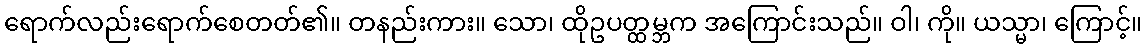
ရောက်လည်းရောက်စေတတ်၏။ တနည်းကား။ သော၊ ထိုဥပတ္ထမ္ဘက အကြောင်းသည်။ ဝါ၊ ကို။ ယသ္မာ၊ ကြောင့်။